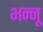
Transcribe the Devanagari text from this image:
भन्नू